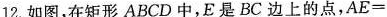
12.如图，在矩形ABCD中，E是BC边上的点，$$AE=